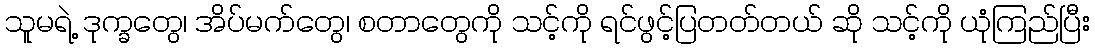
သူမရဲ့ ဒုက္ခတွေ၊ အိပ်မက်တွေ၊ စတာတွေကို သင့်ကို ရင်ဖွင့်ပြတတ်တယ် ဆို သင့်ကို ယုံကြည်ပြီး